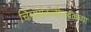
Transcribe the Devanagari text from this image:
चिंचपोकळीजवळच्या